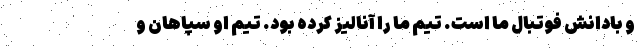
و بادانش فوتبال ما است. تیم ما را آنالیز کرده بود. تیم او سپاهان و